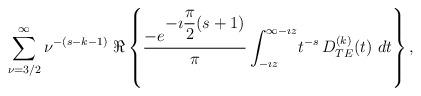
\begin{align*}\begin{array}{c} \displaystyle{\sum_{\nu=3/2}^{\infty} \nu^{-(s-k-1)}} \ \Re \left\{ \displaystyle{ \frac{- e^{\displaystyle{-\imath \frac{\pi}{2}(s+1)}}}{\pi}}\, \displaystyle{\int_{- \imath z}^{\infty - \imath z}} t^{-s}\, \displaystyle{D_{TE}^{(k)}(t)} \ dt \right\},\end{array}\end{align*}